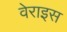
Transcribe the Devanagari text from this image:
वेराइस